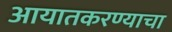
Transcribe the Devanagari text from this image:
आयातकरण्याचा